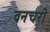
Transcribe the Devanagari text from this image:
वनचरी